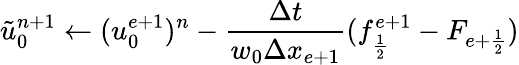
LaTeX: \tilde{u}_{0}^{n+1}\gets(u_{0}^{e+1})^{n}-\frac{\Delta t}{w_{0}\Delta x_{e+1}}(f_{\frac{1}{2}}^{e+1}-F_{e+\frac{1}{2}})